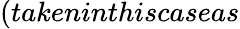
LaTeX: (takeninthiscaseas